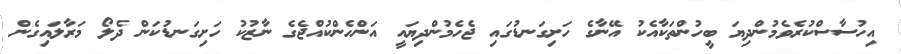
އިހުސާސްކުރެވެމުންދިޔަ ބީހުންތަކާއެކު އޭނާގެ ހަށިގަނޑުގައި ޖެހެމުންދިޔައީ އަންހެންކުއްޖެގެ ނާޒުކު ހަށިގަނޑުކަން ދެލޯ މަރާލައިގެން